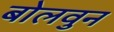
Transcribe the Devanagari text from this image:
बोलवुन